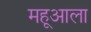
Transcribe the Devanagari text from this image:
महूआला